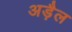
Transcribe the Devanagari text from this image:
अड़ैल